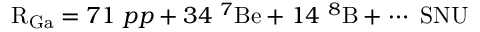
\mathrm { R _ { G a } } = 7 1 \ p p + 3 4 \ { } ^ { 7 } \mathrm { B e } + 1 4 \ { } ^ { 8 } \mathrm { B } + \cdots \ \mathrm { S N U }